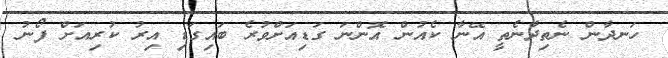
ހަނދާން ނެތިދާނެތީ އޭނާ ކެއުން އޮންނަ ގަޑިއަށްވުރެ ބައިގަޑި އިރު ކުރިއަށް ފޯނު